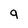
Character: q